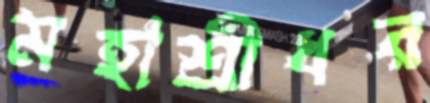
মহাশ্রীধর